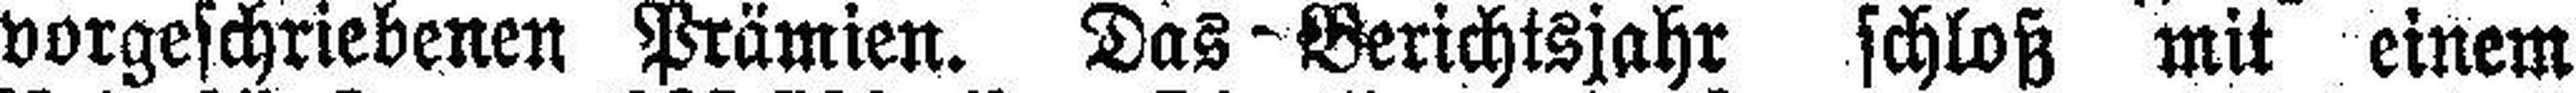
vorgeschriebenen Prämien. Das Berichtsjahr schloß mit einem